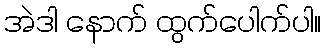
အဲဒါ နောက် ထွက်ပေါက်ပါ။